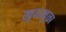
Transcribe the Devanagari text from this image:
खुळखुळा